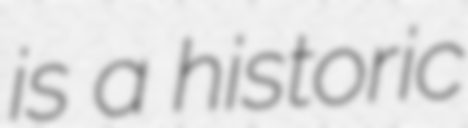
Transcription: is a historic